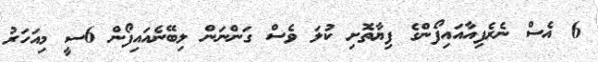
6 އެސް ނެރެފިއާއައިފޯންގެ ފިޔާތޮށި ކުލަ ވެސް ގަންނަން ލިބޭނެއައިފޯން 6ސީ މިއަހަރު